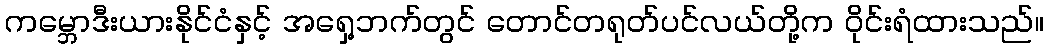
ကမ္ဘောဒီးယားနိုင်ငံနှင့် အရှေ့ဘက်တွင် တောင်တရုတ်ပင်လယ်တို့က ဝိုင်းရံထားသည်။